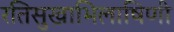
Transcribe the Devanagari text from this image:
रतिसुखाभिलाषिणी